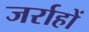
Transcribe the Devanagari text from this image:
जर्राहों